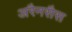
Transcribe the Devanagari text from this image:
अरैनसैस